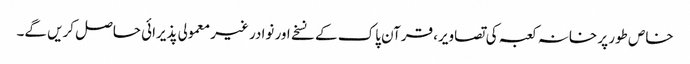
خاص طور پر خانہ کعبہ کی تصاویر، قرآن پاک کے نسخے اور نوادر غیر معمولی پذیرائی حاصل کریں گے۔